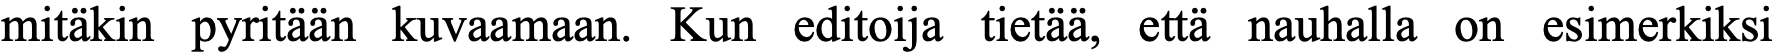
mitäkin pyritään kuvaamaan. Kun editoija tietää, että nauhalla on esimerkiksi